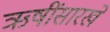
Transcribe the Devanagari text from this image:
ऋषींसारखे